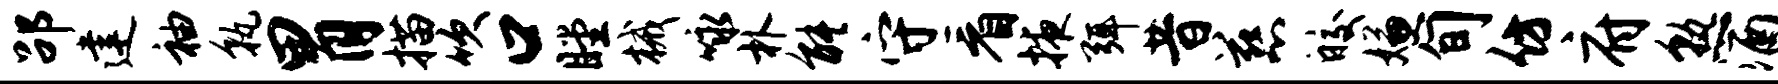
劭建袖孰胃描吹口瞠械咏朴能守看掖弭昔慈皎嫌旬仿府熟酒